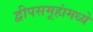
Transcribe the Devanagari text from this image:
द्वीपसमूहांमध्ये